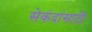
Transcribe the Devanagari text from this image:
सेकंदांसाठी